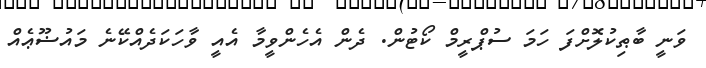
ވަނީ ބާޠިކުލޮށްފަ ހަމަ ސުޕްރީމް ކޯޓުން. ދެން އެހެންވީމާ އެއީ ވާހަކަދެއްކޭނެ މައުޟޫޢެއް